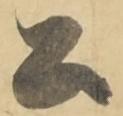
公